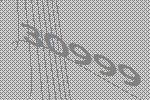
30999